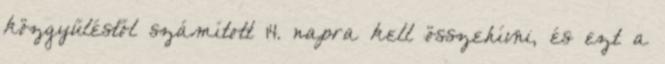
közgyűléstől számított 14. napra kell összehívni, és ezt a